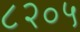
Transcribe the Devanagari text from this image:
८२०५